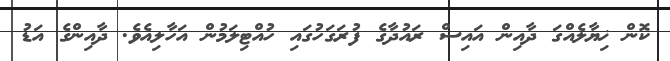
ކޮން ޚިޔާލެއްގަ ދާއިން އައިސް ރައުދާގެ ފުރަގަހުގައި ހުއްޓިލަމުން އަހާލިއެވެ. ދާއިންގެ އަޑު